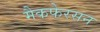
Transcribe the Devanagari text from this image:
मैकफेरसन